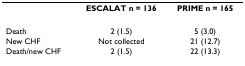
<table><thead><tr><td></td><td><b>ESCALAT n = 136</b></td><td><b>PRIME n = 165</b></td></tr></thead><tbody><tr><td>Death</td><td>2 (1.5)</td><td>5 (3.0)</td></tr><tr><td>New CHF</td><td>Not collected</td><td>21 (12.7)</td></tr><tr><td>Death/new CHF</td><td>2 (1.5)</td><td>22 (13.3)</td></tr></tbody></table>